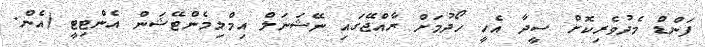
ފަންޑް މެދުވެރިކޮށް ސީދާ އެހީ ހޯދުމަށް ރާއްޖޭގައި ނޭޝަނަލް އިމްލިމެންޓޭޝަން އެންޓިޓީ (އެން.